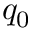
q _ { 0 }